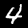
Digit: 4